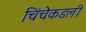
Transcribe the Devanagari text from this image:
चिंचेकडली